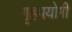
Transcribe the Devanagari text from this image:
गृहपयोगी